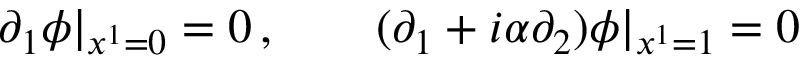
\partial _ { 1 } \phi | _ { x ^ { 1 } = 0 } = 0 \, , \qquad ( \partial _ { 1 } + i \alpha \partial _ { 2 } ) \phi | _ { x ^ { 1 } = 1 } = 0